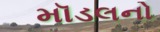
મૉડલનો